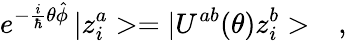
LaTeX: e^{-\frac{i}{\hbar}\theta\hat{\phi}}\, |z_{i}^{a}>=|U^{ab}(\theta)z_{i}^{b}>\ \ \ ,